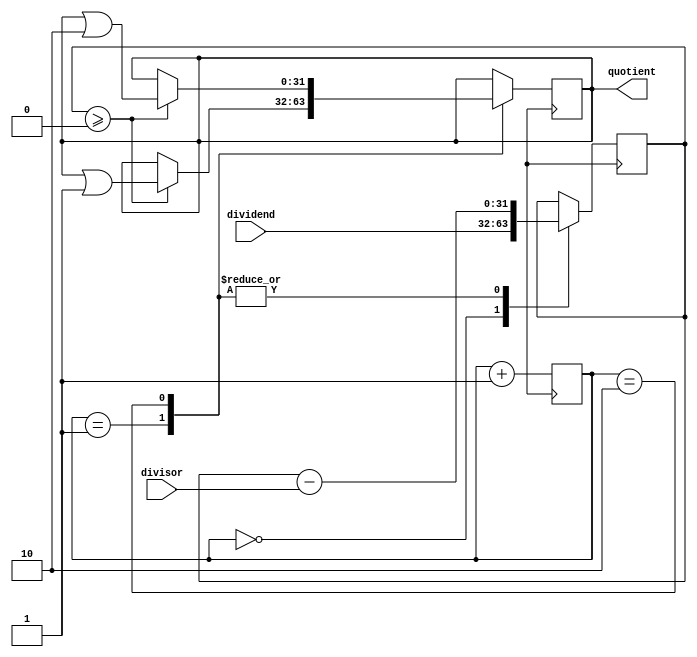
module Pipelined_Divider (
    input wire [31:0] dividend,    // Input: The number to be divided
    input wire [31:0] divisor,     // Input: The number to divide by
    output reg [31:0] quotient      // Output: The result of the division
);

reg [31:0] remainder;
reg [4:0] stage;

always @ (posedge clk) begin
    case (stage)
        0: begin
            remainder <= dividend;
        end
        1: begin
            remainder <= remainder - divisor;
            if (remainder >= 0)
                quotient <= quotient | (1 << 0);
        end
        2: begin
            remainder <= remainder - divisor;
            if (remainder >= 0)
                quotient <= quotient | (1 << 1);
        end
        // Add more stages as needed for pipeline optimization
        // ...
        default: begin
            // Do nothing
        end
    endcase

    stage <= stage + 1;
end

endmodule